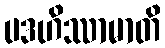
ပဒဟိဿာမာတိ